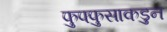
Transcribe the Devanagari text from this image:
फुफ्फुसाकडुन